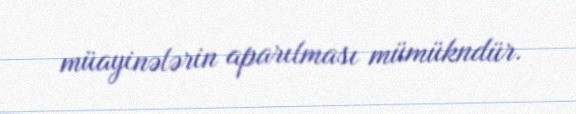
müayinələrin aparılması mümükndür.